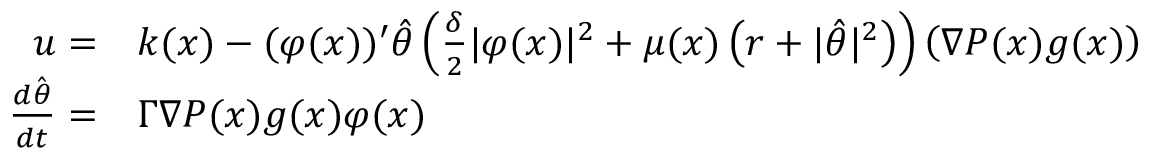
\begin{array} { r l } { u = } & { k ( x ) - ( \varphi ( x ) ) ^ { \prime } \hat { \theta } \left( \frac { \delta } { 2 } \vert \varphi ( x ) \vert ^ { 2 } + \mu ( x ) \left( r + \vert \hat { \theta } \vert ^ { 2 } \right) \right) \left( \nabla P ( x ) g ( x ) \right) } \\ { \frac { d \hat { \theta } } { d t } = } & { \Gamma \nabla P ( x ) g ( x ) \varphi ( x ) } \end{array}